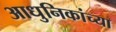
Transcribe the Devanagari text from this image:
आधुनिकांच्या